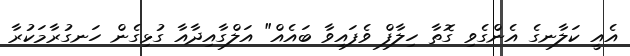
އެއީ ކަލާނގެ އެންގެވި ގޮތާ ހިލާފް ވެފައިވާ ބައެއް" އަލްގާއިދާއާ ގުޅިގެން ހަނގުރާމަކުރާ